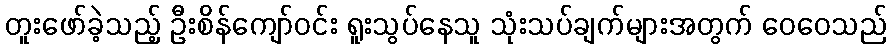
တူးဖော်ခဲ့သည့် ဦးစိန်ကျော်ဝင်း ရူးသွပ်နေသူ သုံးသပ်ချက်များအတွက် ဝေဝေသည်